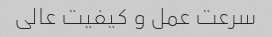
سرعت عمل و کیفیت عالی